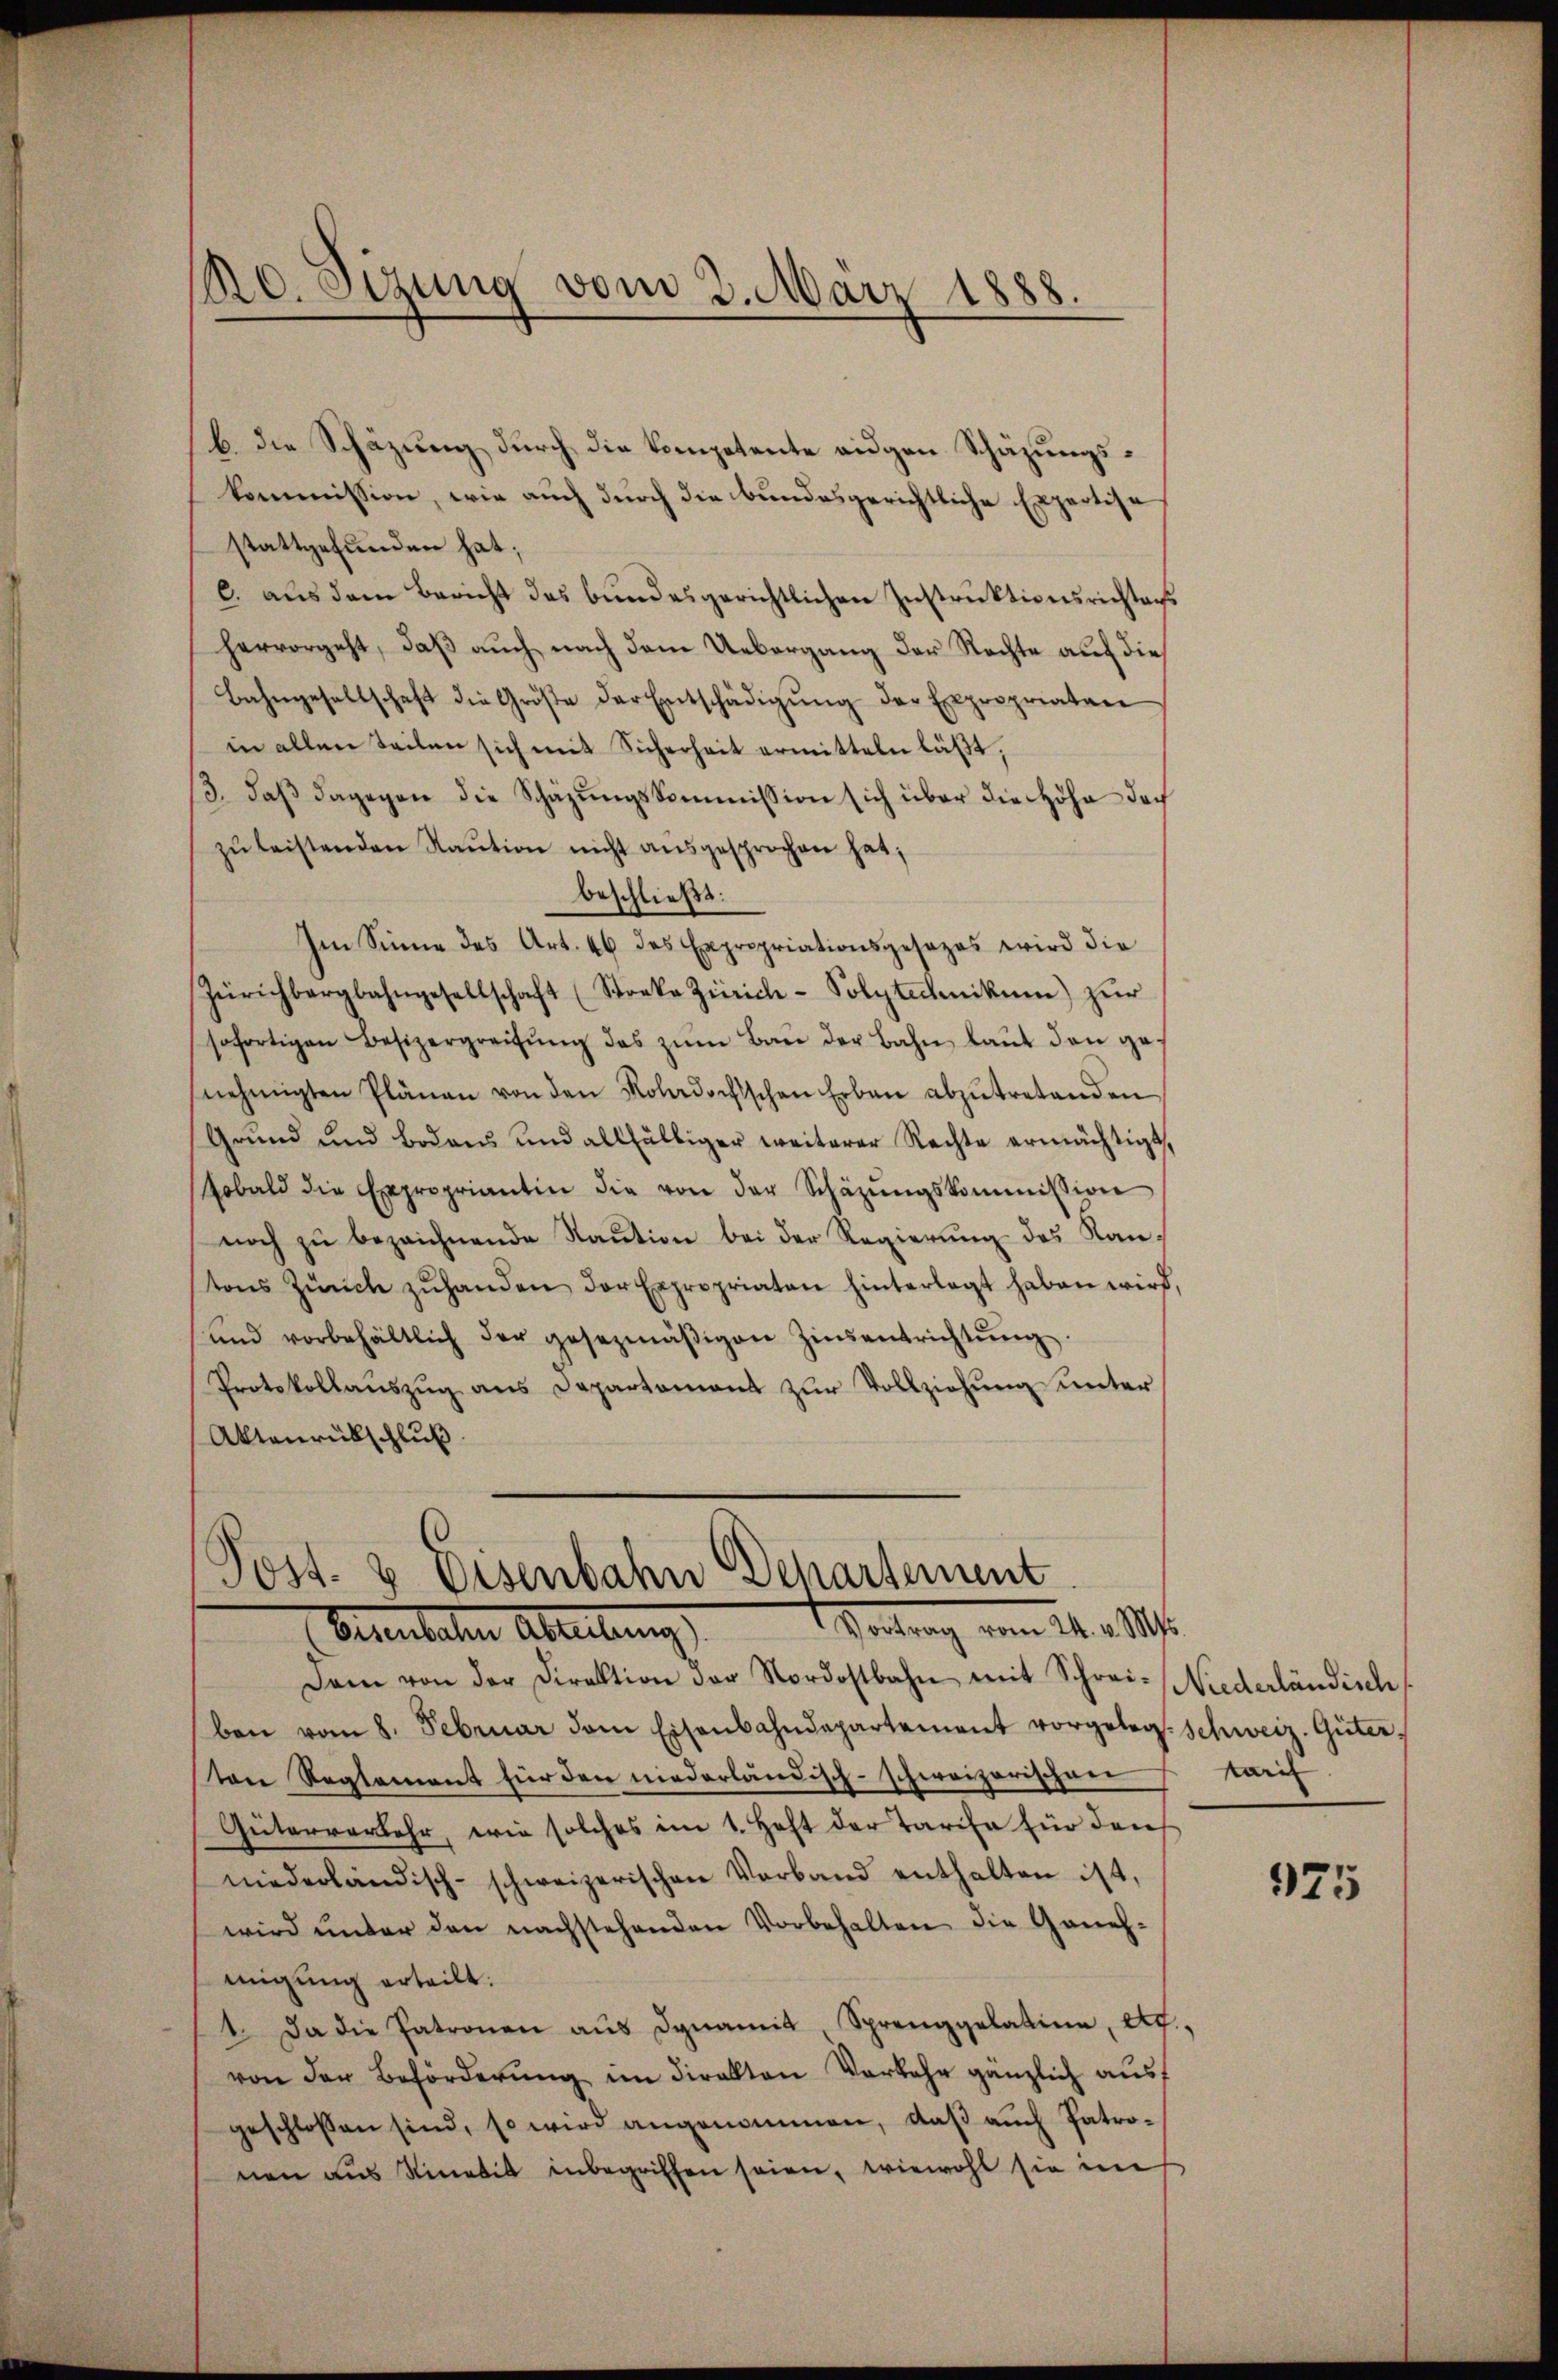
b. die Schäzung durch die Kompetente eigen Schäzungskommission, wie auch durch die bundesgerichtliche Expertise
stattgefunden hat;
c. aus dem Bericht des bundesgerichtlichen Instruktionsrichtens
hervorgeht, daß auch nach dem Uebergang der Rechte auf die
Bahngesellschaft die Größe der Entschädigŭng der Expropriaten
in allen Teilen sich mit Sicherheit ermitteln läßt,
/3. daβ dagegen die Schazungskommission sich über die Höhe doch
zŭ leistenden Raŭtion nicht ausgesprochen hat;
beschließt:
Im Sinne des Art. 46 des Expropriationsgesezes wird die
Zürichbergbahngesellschaft (Stocke Zürich-Polytechnikum) zŭr
sofortigen Besizergreifung des zum Bau der Bahn laut den genehmigten Plänen von den Koladochischen Erben abzŭtretenden
Grŭnd und Bodens und allfälliger weiterer Rechte ermächtigt,
sobald die Expropriantin die von der Schäzŭngskommission
noch zu bezeichnende Staution bei der Regierung des Kantons Zürich zŭhanden der Expropriaten hinterlegt haben wird,
ŭnd vorbehältlich der gesezmäβigen Zinsentrichtŭng.
Protokollaŭszŭg ans Departement zŭr Vollziehŭng unter
Altanrückschluß

20. Sizung vom 2. März 1888.

Post- & Eisenbahn Departement
 Vortrag vom 24. v. M.
Vereiteten Abteilung

Dam von der Direktion der Nordostbahn mit Schrei-Niederländisch
ben vom 8. Februar dem Eisenbahndepartement vorgeleg. Schweiz. Güter,
ten Reglement für den niederländisch-schweizerischeer
Güterverkehr, wie solches im 1. Heft der Tarife für den
niederländisch-schweizerischen Verband enthalten ist,
wird ŭnter den nachstehenden Vorbehalten die Geneh-
migung erteilt.
1. Da die Patronen aŭs dynamit Sprenggelatine, Ag.,
von der Beförderung im direkten Vorkehr gänzlich ausf
geschlossen sind, so wird angenommen, daß auch Patronen aus Ninatik inbegriffen seien, wiewohl sie mis

tarif

975